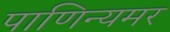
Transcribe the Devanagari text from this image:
पाणिन्यमर